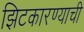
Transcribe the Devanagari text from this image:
झिटकारण्याची